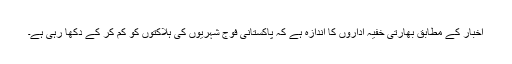
اخبار کے مطابق بھارتی خفیہ اداروں کا اندازہ ہے کہ پاکستانی فوج شہریوں کی ہلاکتوں کو کم کر کے دکھا رہی ہے۔